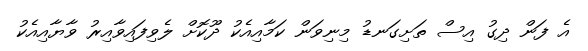
އެ ފަން ދިގު އިސް ތަށިގަނޑު މިނިވަން ކަމާއިއެކު ދޫކޮށް ލެވިފައިވާއިރު ވާޔާއިއެކު